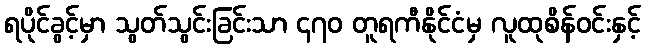
ရပိုင်ခွင့်မှာ သွတ်သွင်းခြင်းသာ ၄၇၀ တူရကီနိုင်ငံမှ လူထုစိန်ဝင်းနှင့်